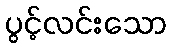
ပွင့်လင်းသော